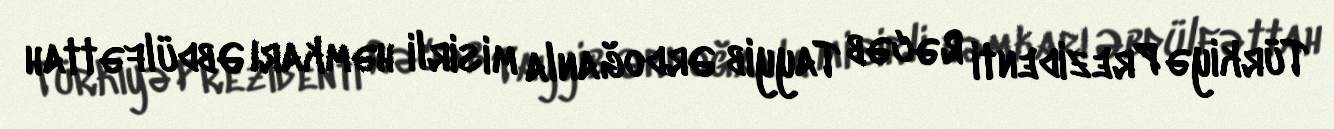
Türkiyə Prezidenti Rəcəb Tayyib Ərdoğanla misirli həmkarı Əbdülfəttah